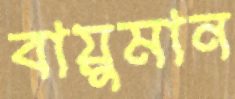
বায়ুমান